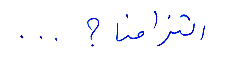
التزامنا؟ ...